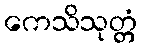
ကေသိသုတ္တံ